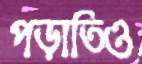
পড়াতিও